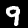
Label: 9